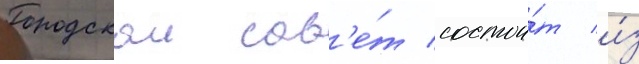
Городскои сов'е́т состои́т и́з